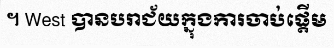
។ West បានបរាជ័យក្នុងការចាប់ផ្តើម